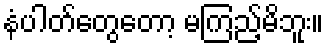
နံပါတ်တွေတော့ မကြည့်မိဘူး။